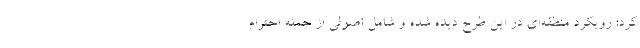
کرد: رویکرد منطقه‌ای در این طرح دیده شده و شامل اصولی از جمله احترام